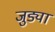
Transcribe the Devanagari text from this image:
जुड्या